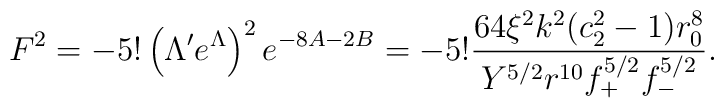
F^2  =  - 5! \left( \Lambda' e^\Lambda \right)^2 e^{-8A-2B} =  -5! \frac{ 64 \xi^2 k^2 (c_2^2-1) r_0^8}{Y^{5/2} r^{10} f_+^{5/2}f_-^{5/2}}.